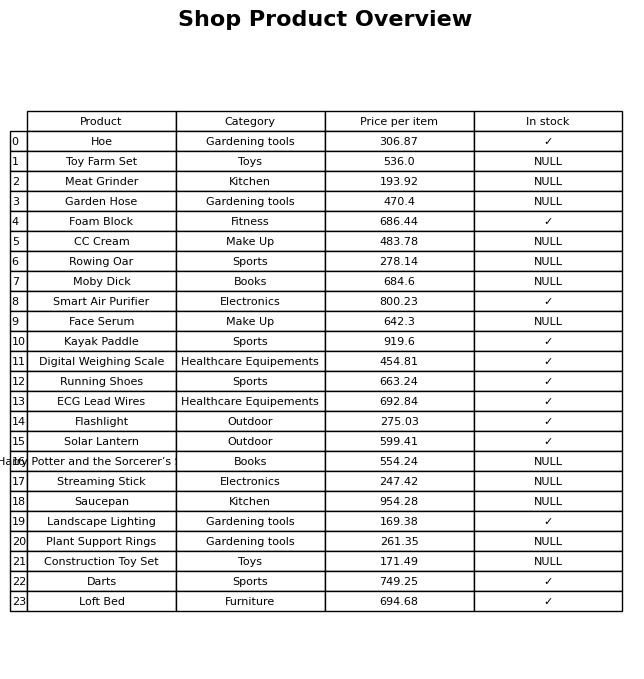
question: Which products are currently out of stock?
answer: Toy Farm Set, Meat Grinder, Garden Hose, CC Cream, Rowing Oar, Moby Dick, Face Serum, Harry Potter and the Sorcerer’s Stone, Streaming Stick, Saucepan, Plant Support Rings, Construction Toy Set